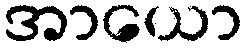
အာယော